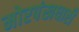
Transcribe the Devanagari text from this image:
मोरपंखधारी